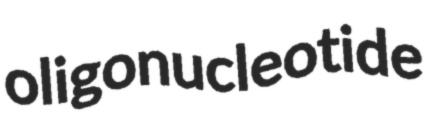
oligonucleotide